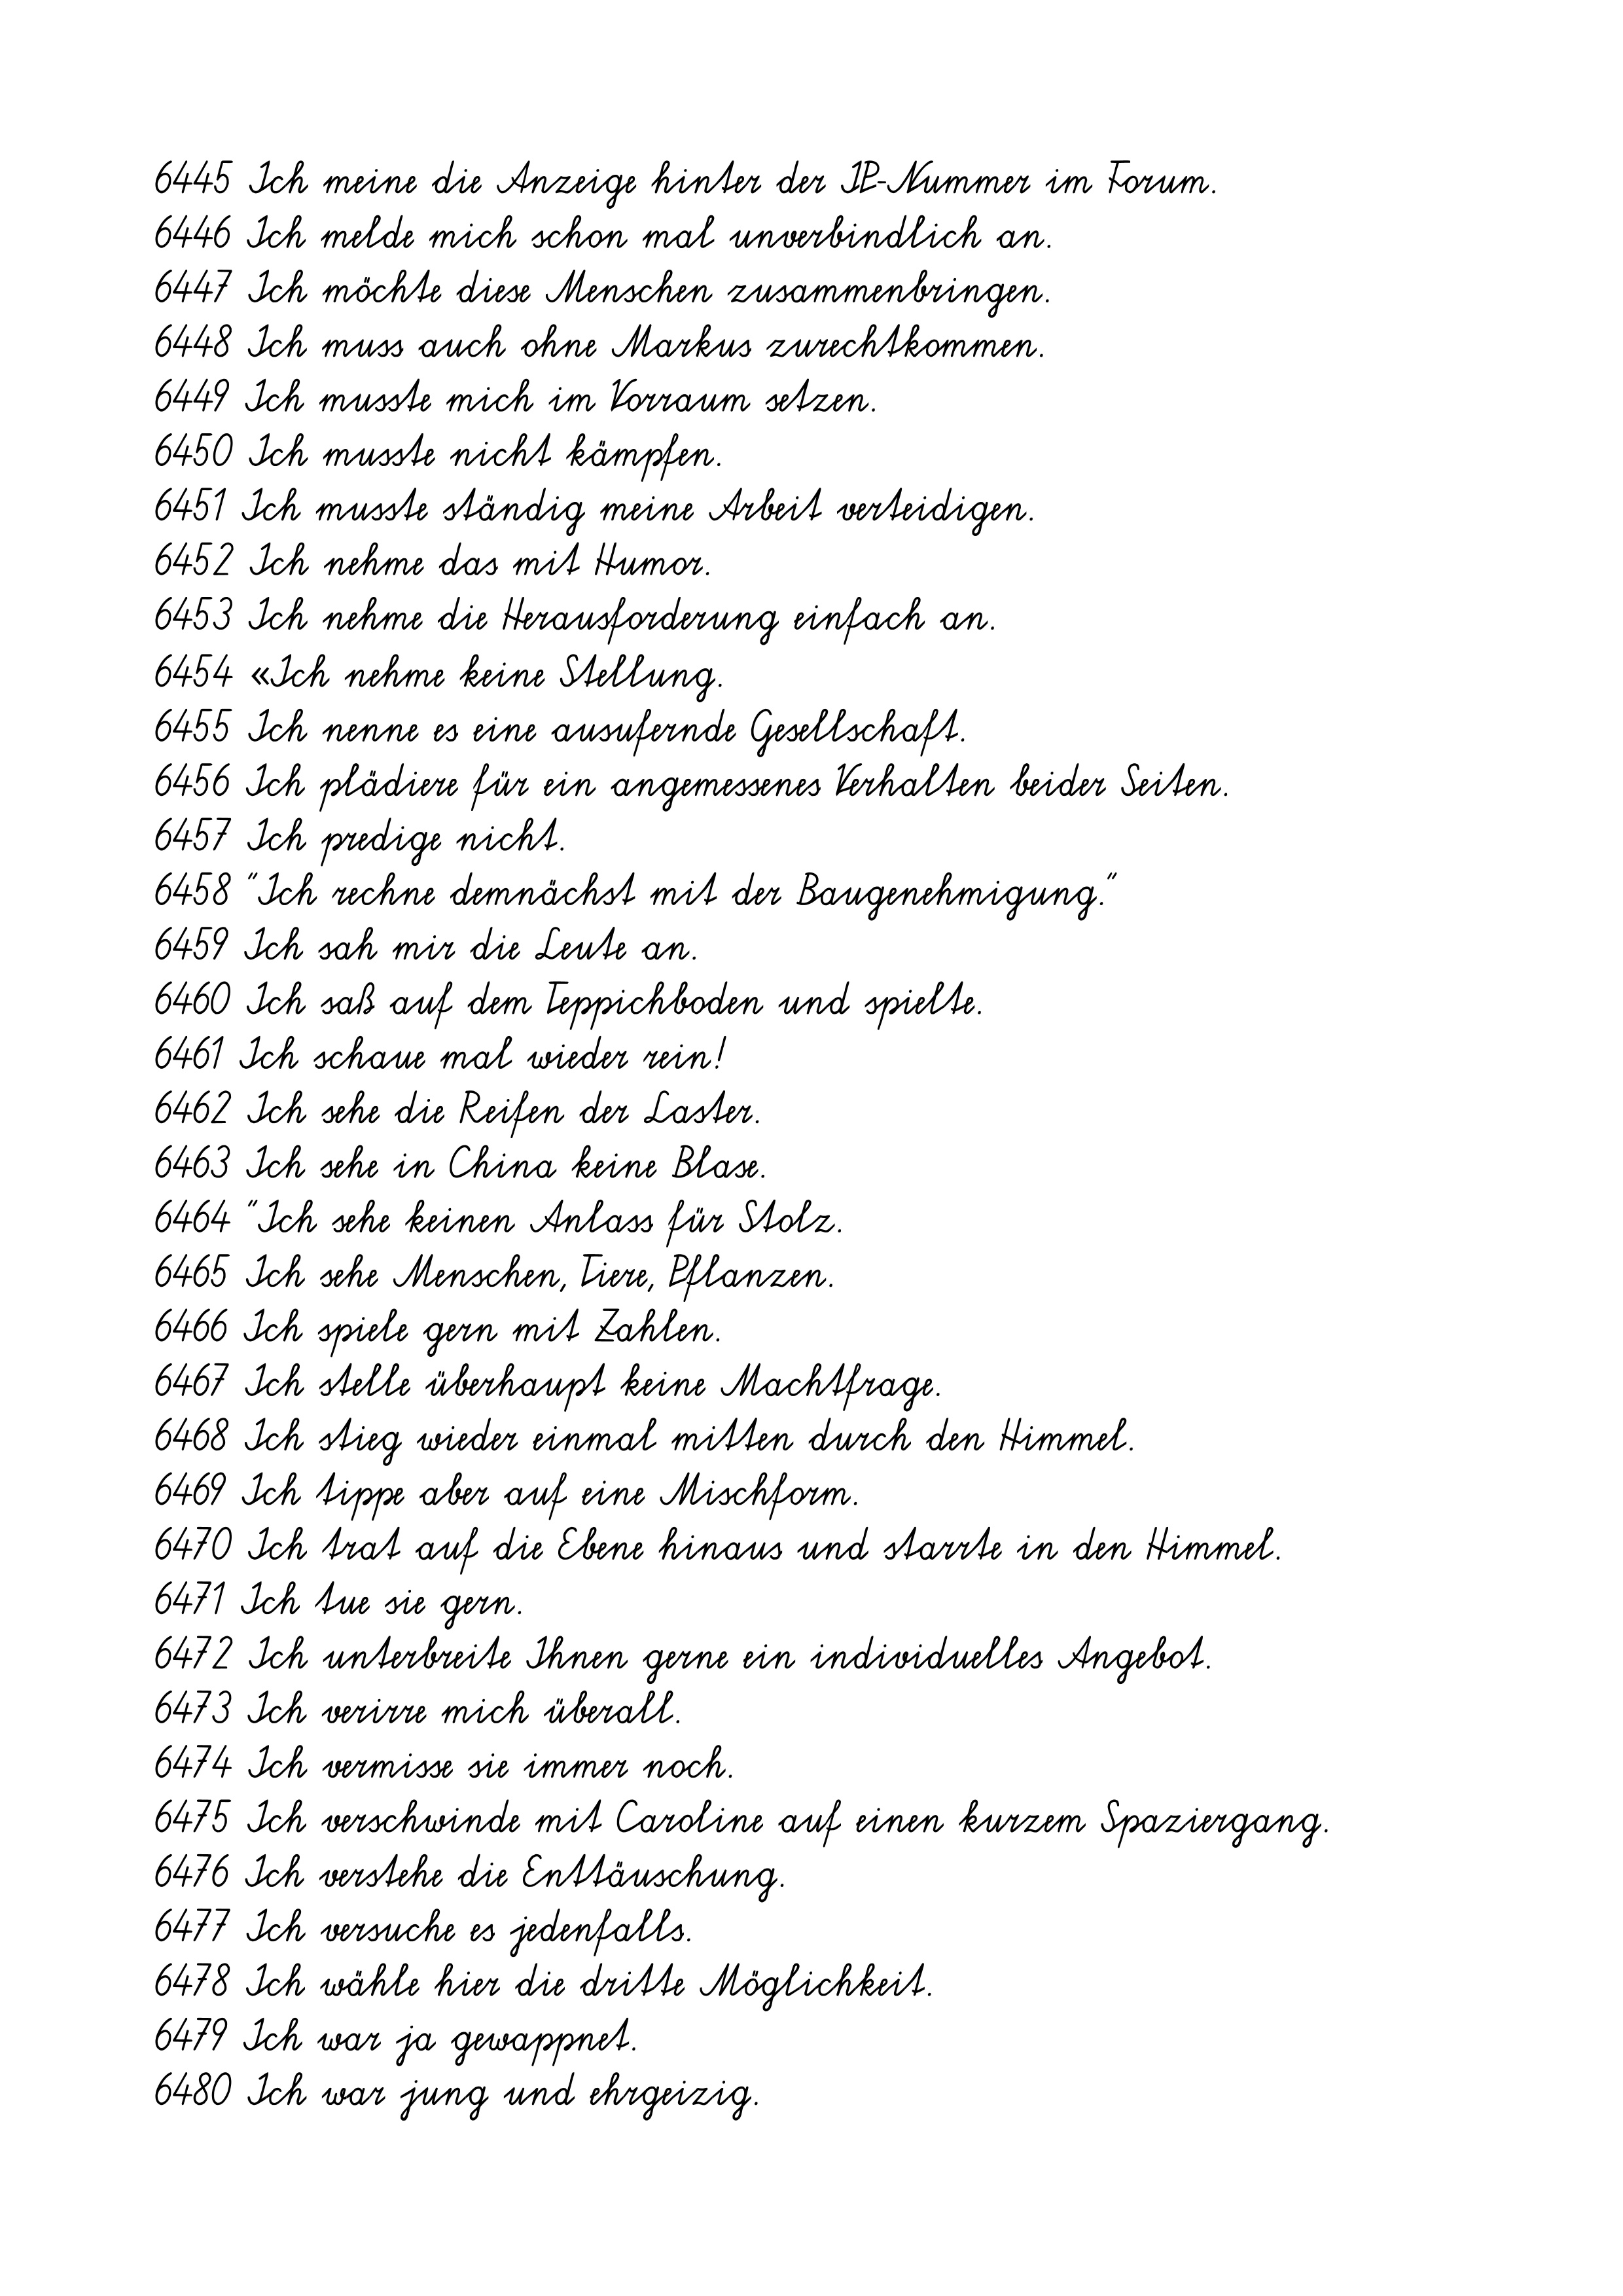
6445 Ich meine die Anzeige hinter der IP-Nummer im Forum.
6446 Ich melde mich schon mal unverbindlich an.
6447 Ich möchte diese Menschen zusammenbringen.
6448 Ich muss auch ohne Markus zurechtkommen.
6449 Ich musste mich im Vorraum setzen.
6450 Ich musste nicht kämpfen.
6451 Ich musste ständig meine Arbeit verteidigen.
6452 Ich nehme das mit Humor.
6453 Ich nehme die Herausforderung einfach an.
6454 «Ich nehme keine Stellung.
6455 Ich nenne es eine ausufernde Gesellschaft.
6456 Ich plädiere für ein angemessenes Verhalten beider Seiten.
6457 Ich predige nicht.
6458 "Ich rechne demnächst mit der Baugenehmigung."
6459 Ich sah mir die Leute an.
6460 Ich saß auf dem Teppichboden und spielte.
6461 Ich schaue mal wieder rein!
6462 Ich sehe die Reifen der Laster.
6463 Ich sehe in China keine Blase.
6464 "Ich sehe keinen Anlass für Stolz.
6465 Ich sehe Menschen, Tiere, Pflanzen.
6466 Ich spiele gern mit Zahlen.
6467 Ich stelle überhaupt keine Machtfrage.
6468 Ich stieg wieder einmal mitten durch den Himmel.
6469 Ich tippe aber auf eine Mischform.
6470 Ich trat auf die Ebene hinaus und starrte in den Himmel.
6471 Ich tue sie gern.
6472 Ich unterbreite Ihnen gerne ein individuelles Angebot.
6473 Ich verirre mich überall.
6474 Ich vermisse sie immer noch.
6475 Ich verschwinde mit Caroline auf einen kurzem Spaziergang.
6476 Ich verstehe die Enttäuschung.
6477 Ich versuche es jedenfalls.
6478 Ich wähle hier die dritte Möglichkeit.
6479 Ich war ja gewappnet.
6480 Ich war jung und ehrgeizig.